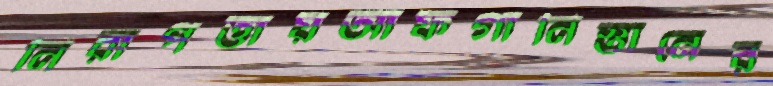
নিরাপত্তায়আফগানিস্তানের